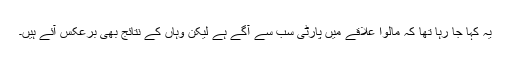
یہ کہا جا رہا تھا کہ مالوا علاقے میں پارٹی سب سے آگے ہے لیکن وہاں کے نتائج بھی برعکس آئے ہیں۔